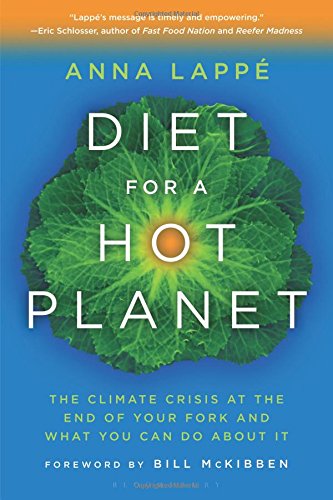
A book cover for Diet for a Hot Planet: The Climate Crisis at the End of Your Fork and What You Can Do about It; Anna Lappe; Cookbooks, Food & Wine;